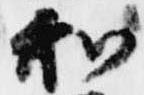
和